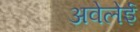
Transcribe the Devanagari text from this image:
अवेलेई